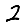
Digit: 2